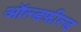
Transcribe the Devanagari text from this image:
ऑल्डफ़ील्ड